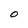
Character: O